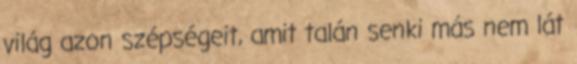
világ azon szépségeit, amit talán senki más nem lát